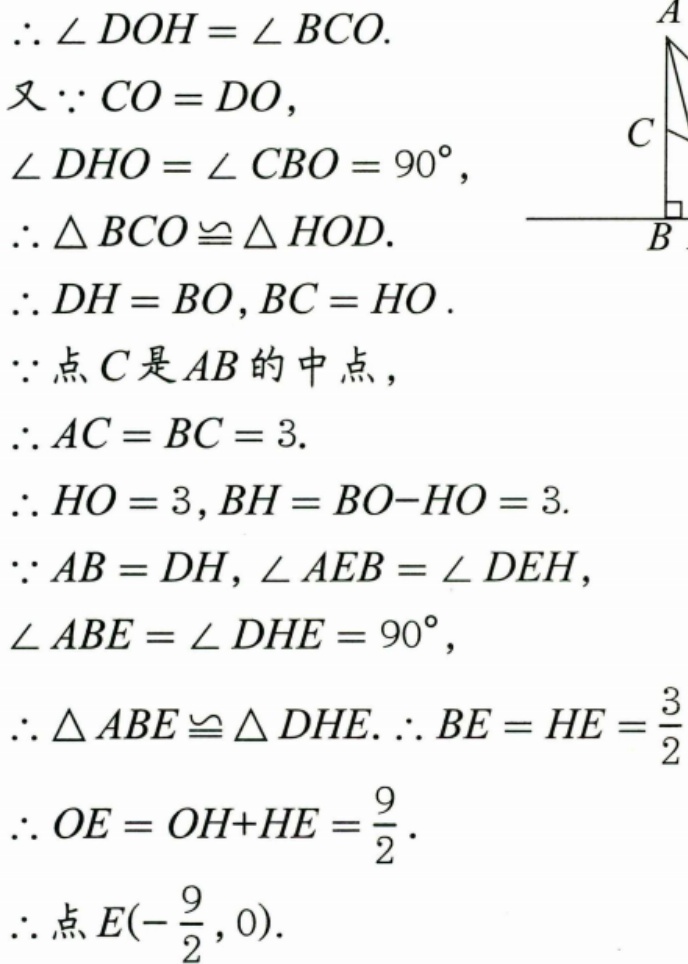
\(\therefore \angle DOH=\angle BCO.\)
又\(\because CO = DO\),
\(\angle DHO=\angle CBO = 90^{\circ}\),
\(\therefore \triangle BCO\cong\triangle HOD.\)
\(\therefore DH = BO,BC = HO.\)
\(\because\)点\(C\)是\(AB\)的中点，
\(\therefore AC = BC = 3.\)
\(\therefore HO = 3,BH = BO - HO = 3.\)
\(\because AB = DH,\angle AEB=\angle DEH\),
\(\angle ABE=\angle DHE = 90^{\circ}\),
\(\therefore \triangle ABE\cong\triangle DHE.\therefore BE = HE=\frac{3}{2}\)
\(\therefore OE = OH + HE=\frac{9}{2}.\)
\(\therefore\)点\(E(-\frac{9}{2},0).\)